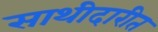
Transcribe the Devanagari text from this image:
साथीदारीत